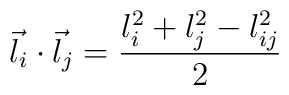
\vec{l}_i\cdot \vec{l}_j= \frac{l_i^2+l_j^2-l_{ij}^2}{2}